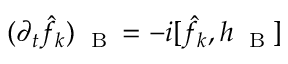
( \partial _ { t } \hat { f } _ { k } ) _ { \mathrm { ~ \tiny ~ B ~ } } = - i [ \hat { f } _ { k } , h _ { \mathrm { ~ \tiny ~ B ~ } } ]